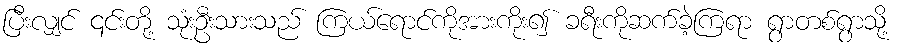
ပြီးလျှင် ၎င်းတို့ သုံးဦးသားသည် ကြယ်ရောင်ကိုအားကိုး၍ ခရီးကိုဆက်ခဲ့ကြရာ ရွာတစ်ရွာသို့